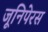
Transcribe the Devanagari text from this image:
जूनिपेरस